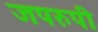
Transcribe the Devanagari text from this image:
जपरुपी